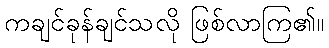
ကချင်ခုန်ချင်သလို ဖြစ်လာကြ၏။